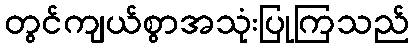
တွင်ကျယ်စွာအသုံးပြုကြသည်